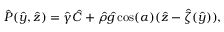
\hat { P } ( \hat { y } , \hat { z } ) = \hat { \gamma } \hat { C } + \hat { \rho } \hat { g } \cos ( \alpha ) ( \hat { z } - \hat { \zeta } ( \hat { y } ) ) ,